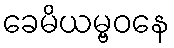
ခေမိယမ္ဗဝနေ